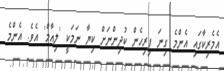
އެމެރިކާގައި އެންމެ ގިނަ ފިރިހެން ކުދިންނަށް ކިޔާ ނަމަކީ 'ލިއާމް' އެވެ. އެންމެ